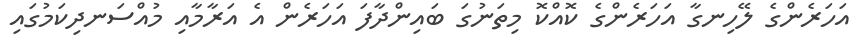
އަހަރެންގެ ލޭހިނގާ އަހަރެންގެ ކޮއްކޮ މިތަނުގަ ބައިންދާފަ އަހަރެން އެ އަރާމާއި މުއްސަނދިކަމުގައި